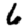
Digit: 6